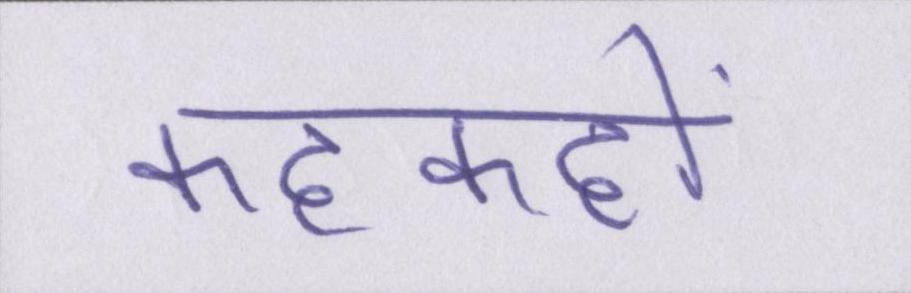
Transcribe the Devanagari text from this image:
कहकहों